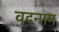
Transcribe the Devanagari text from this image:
वदनाम